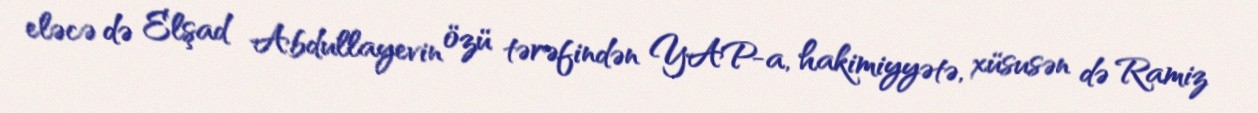
eləcə də Elşad Abdullayevin özü tərəfindən YAP-a, hakimiyyətə, xüsusən də Ramiz